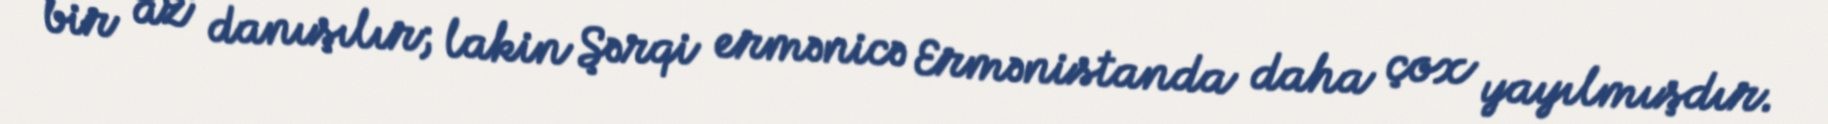
bir az danışılır; lakin Şərqi ermənicə Ermənistanda daha çox yayılmışdır.